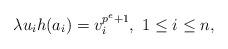
LaTeX: \begin{align*} \lambda u_ih(a_i)=v_i^{p^e+1},\ 1\leq i\leq n, \end{align*}